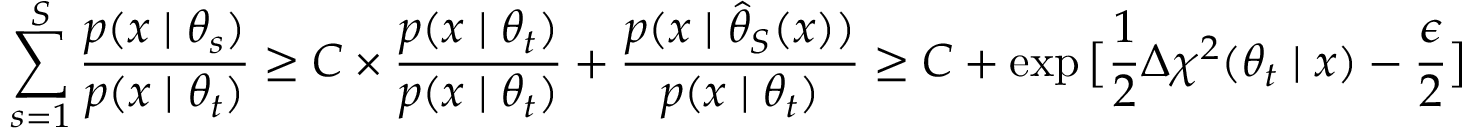
\sum _ { s = 1 } ^ { S } \frac { p ( x \mid \theta _ { s } ) } { p ( x \mid \theta _ { t } ) } \ge C \times \frac { p ( x \mid \theta _ { t } ) } { p ( x \mid \theta _ { t } ) } + \frac { p ( x \mid \hat { \theta } _ { S } ( x ) ) } { p ( x \mid \theta _ { t } ) } \ge C + \exp \big [ \frac { 1 } { 2 } \Delta \chi ^ { 2 } ( \theta _ { t } \mid x ) - \frac { \epsilon } { 2 } \big ]